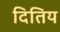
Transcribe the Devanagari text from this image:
दितिय